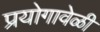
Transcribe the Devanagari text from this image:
प्रयोगावेळी